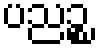
ပညဉ္စ